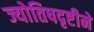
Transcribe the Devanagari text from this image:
ज्योतिषदृष्टीने